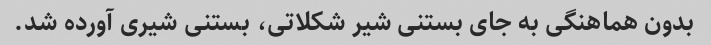
بدون هماهنگی به جای بستنی شیر شکلاتی، بستنی شیری آورده شد.